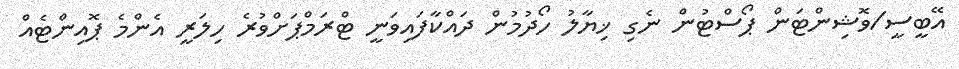
އޭބީސީ/ވޮޝިންޓަން ޕޯސްޓުން ނެގި ޚިޔާލު ހޯދުމުން ދައްކާފައިވަނީ ޓްރަމްޕަށްވުރެ ހިލަރީ އެންމެ ޕޮއިންޓެއް